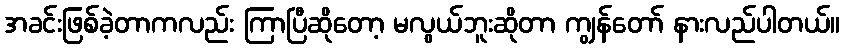
အခင်းဖြစ်ခဲ့တာကလည်း ကြာပြီဆိုတော့ မလွယ်ဘူးဆိုတာ ကျွန်တော် နားလည်ပါတယ်။